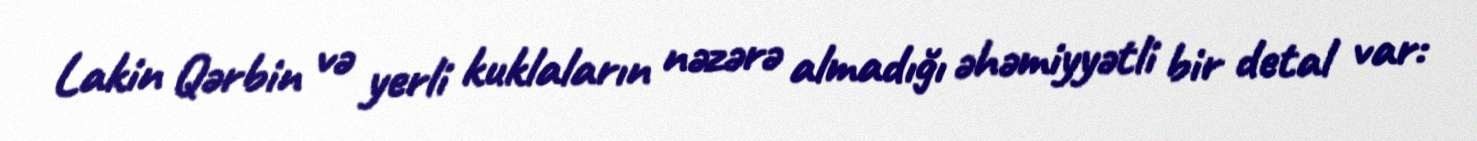
Lakin Qərbin və yerli kuklaların nəzərə almadığı əhəmiyyətli bir detal var: